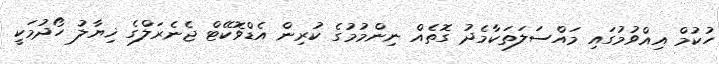
ހުކުމް އިއްވުމުގައި މައްސަލަތަކާމެދު ގޮތެއް ނިންމުމުގެ ކުރިން އެޑްވޮކޭޓް ޖެނެރަލްގެ ޚިޔާލު ހޯދުމަކީ